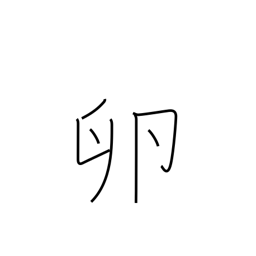
Meaning: roe